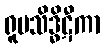
ရူပသိဒ္ဓိဋီကာ